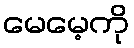
မေမေ့ကို